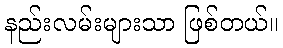
နည်းလမ်းများသာ ဖြစ်တယ်။